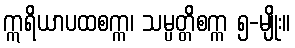
ဣရိယာပထစက္က၊ သမ္ပတ္တိစက္က ၅-မျိုး။